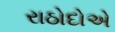
રાઠોદોએ